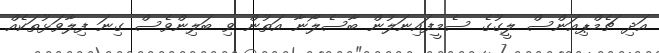
އަދި ޗެމްޕިއަންސް ލީގުގެ ސެމީފައިނަލުން ބާސެލޯނާ އަތުން ވި ބަލިންވެސް ގިނަ ފިލާވަޅުތަކެއް